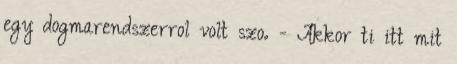
egy dogmarendszerrol volt szo. - Akkor ti itt mit